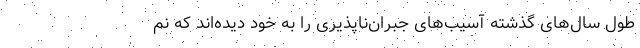
طول سال‌های گذشته آسیب‌های جبران‌ناپذیری را به خود دیده‌اند که نم